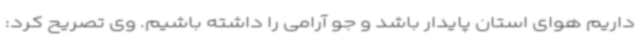
داریم هوای استان پایدار باشد و جو آرامی را داشته باشیم. وی تصریح کرد: